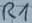
Text: R1